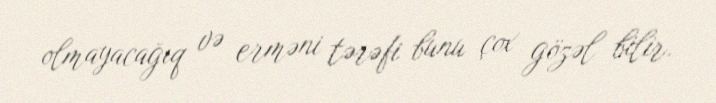
olmayacağıq və erməni tərəfi bunu çox gözəl bilir.